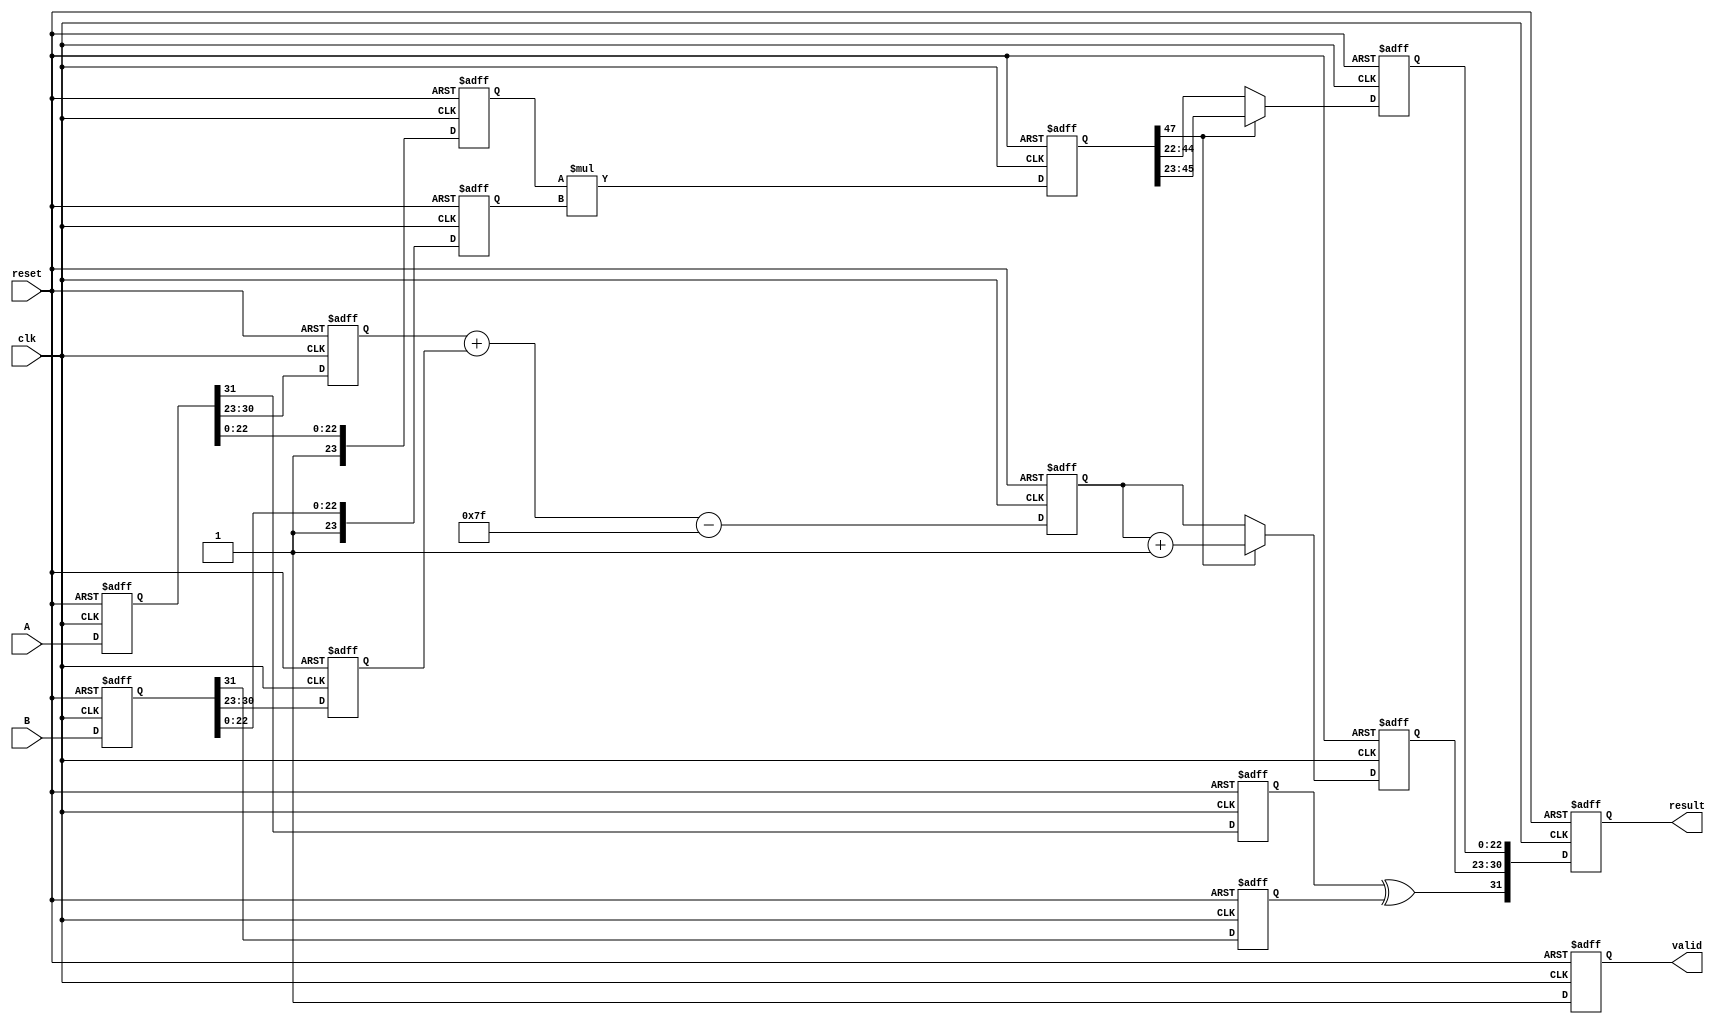
module pipelined_fp_multiplier (
    input wire clk,
    input wire reset,
    input wire [31:0] A, // Input operand A
    input wire [31:0] B, // Input operand B
    output reg [31:0] result, // Output result
    output reg valid // Indicates valid output
);

    // Define pipeline registers
    reg [31:0] stage1_A, stage1_B;
    reg [1:0] stage2_sign_A, stage2_sign_B;
    reg [7:0] stage2_exp_A, stage2_exp_B;
    reg [23:0] stage2_frac_A, stage2_frac_B;

    reg [8:0] stage3_exp_result; // Result exponent (8 bits + 1 for overflow)
    reg [47:0] stage4_frac_result; // Result mantissa (24 bits * 2 for multiplication)

    reg [23:0] stage5_normalized_frac; // Normalized mantissa
    reg [7:0] stage5_normalized_exp; // Normalized exponent

    // Stage 1: Input Register
    always @(posedge clk or posedge reset) begin
        if (reset) begin
            stage1_A <= 32'b0;
            stage1_B <= 32'b0;
        end else begin
            stage1_A <= A;
            stage1_B <= B;
        end
    end

    // Stage 2: Decompose Operands
    always @(posedge clk or posedge reset) begin
        if (reset) begin
            stage2_sign_A <= 2'b0;
            stage2_sign_B <= 2'b0;
            stage2_exp_A <= 8'b0;
            stage2_exp_B <= 8'b0;
            stage2_frac_A <= 24'b0;
            stage2_frac_B <= 24'b0;
        end else begin
            stage2_sign_A <= stage1_A[31];
            stage2_sign_B <= stage1_B[31];
            stage2_exp_A <= stage1_A[30:23];
            stage2_exp_B <= stage1_B[30:23];
            stage2_frac_A <= {1'b1, stage1_A[22:0]}; // Implicit leading 1
            stage2_frac_B <= {1'b1, stage1_B[22:0]}; // Implicit leading 1
        end
    end

    // Stage 3: Exponent Calculation
    always @(posedge clk or posedge reset) begin
        if (reset) begin
            stage3_exp_result <= 9'b0;
        end else begin
            stage3_exp_result <= stage2_exp_A + stage2_exp_B - 8'd127; // Subtract bias
        end
    end

    // Stage 4: Mantissa Multiplication
    always @(posedge clk or posedge reset) begin
        if (reset) begin
            stage4_frac_result <= 48'b0;
        end else begin
            stage4_frac_result <= stage2_frac_A * stage2_frac_B; // 24 * 24 = 48 bits
        end
    end

    // Stage 5: Normalize Result
    always @(posedge clk or posedge reset) begin
        if (reset) begin
            stage5_normalized_frac <= 24'b0;
            stage5_normalized_exp <= 8'b0;
        end else begin
            // Normalization logic
            if (stage4_frac_result[47]) begin
                stage5_normalized_frac <= stage4_frac_result[46:23]; // Shift right
                stage5_normalized_exp <= stage3_exp_result + 1;
            end else begin
                stage5_normalized_frac <= stage4_frac_result[45:22]; // No shift
                stage5_normalized_exp <= stage3_exp_result;
            end
        end
    end

    // Stage 6: Final Output Register
    always @(posedge clk or posedge reset) begin
        if (reset) begin
            result <= 32'b0;
            valid <= 1'b0;
        end else begin
            result <= {stage2_sign_A ^ stage2_sign_B, stage5_normalized_exp[7:0], stage5_normalized_frac[22:0]};
            valid <= 1'b1; // Output is valid
        end
    end

endmodule